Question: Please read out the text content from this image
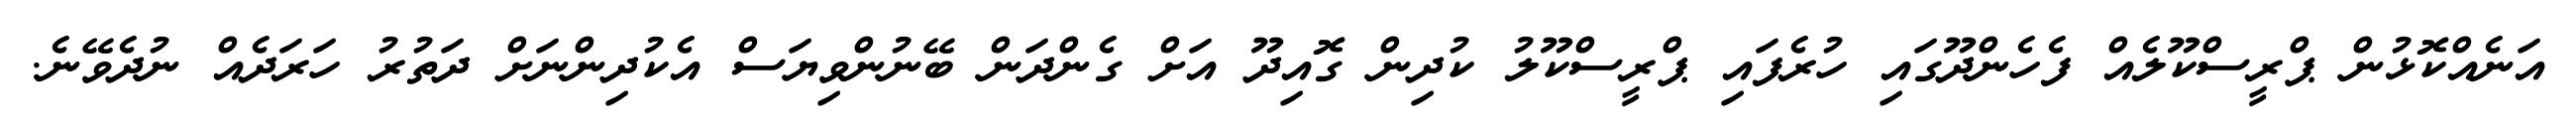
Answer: އަނެއްކޮޅުން ޕްރީސްކޫލެއް ފެހެންދޫގައި ހުރެފައި ޕްރީސްކޫލު ކުދިން ގޮއިދޫ އަށް ގެންދަން ބޭނުންވިޔަސް އެކުދިންނަށް ދަތުރު ހަރަދެއް ނުދެވޭނެ.